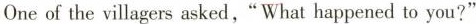
One of the villagers asked,"What happened to you?"